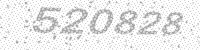
Solution: 520828